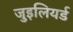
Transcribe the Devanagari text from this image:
जुइलियर्ड